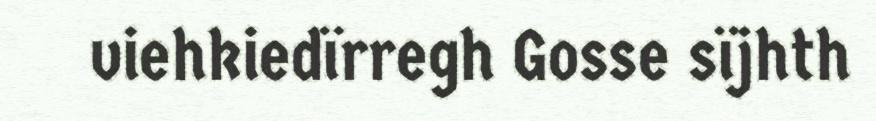
viehkiedïrregh Gosse sïjhth